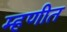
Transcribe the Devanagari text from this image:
म्हणीत